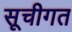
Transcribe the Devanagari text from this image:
सूचीगत